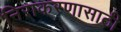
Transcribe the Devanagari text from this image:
निराकरणासाठी